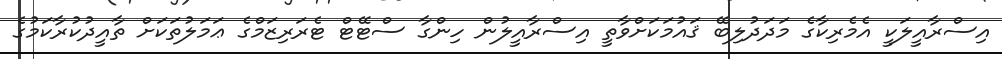
އިސްރާއީލަކީ އެމެރިކާގެ މަދަދުލިބޭ ޤައުމަކަށްވާތީ އިސްރާއީލުން ހިންގާ ސްޓޭޓް ޓެރަރިޒަމްގެ ޢަމަލުތަކަށް ތާއީދުކުރާކަމުގެ